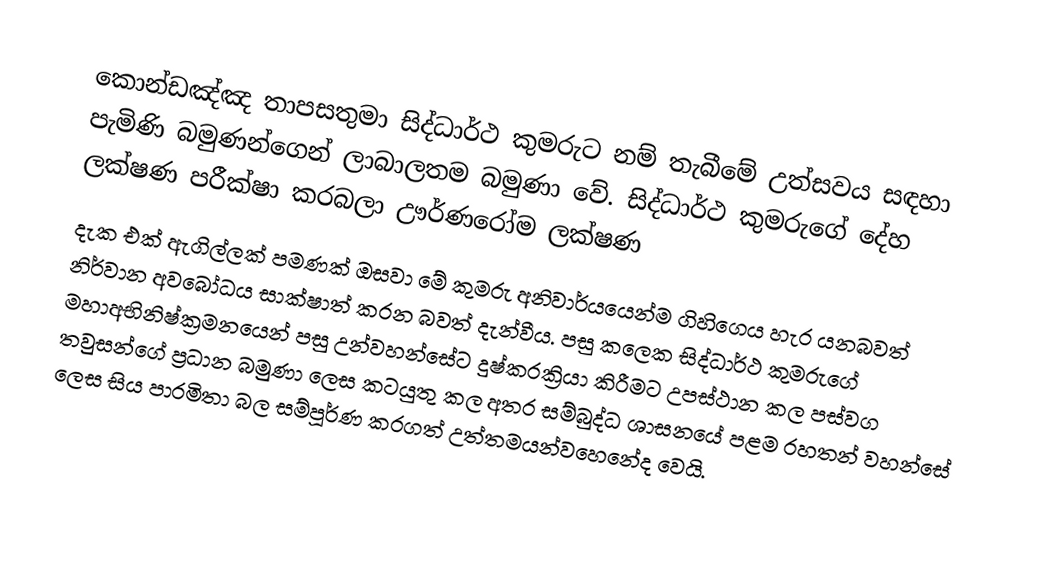
කොන්ඩඤ්ඤ තාපසතුමා සිද්ධාර්ථ කුමරුට නම් තැබීමේ උත්සවය සඳහා පැමිණි බමුණන්ගෙන් ලාබාලතම බමුණා වේ. සිද්ධාර්ථ කුමරුගේ දේහ ලක්ෂණ පරීක්ෂා කරබලා ඌර්ණරෝම ලක්ෂණ
දැක එක් ඇගිල්ලක් පමණක් ඔසවා මේ කුමරු අනිවාර්යයෙන්ම ගිහිගෙය හැර යනබවත් නිර්වාන අවබෝධය සාක්ෂාත් කරන බවත් දැන්වීය. පසු කලෙක සිද්ධාර්ථ කුමරුගේ මහාඅභිනිෂ්ක්‍රමනයෙන් පසු උන්වහන්සේට දුෂ්කරක්‍රියා කිරීමට උපස්ථාන කල පස්වග තවුසන්ගේ ප්‍රධාන බමුණා ලෙස කටයුතු කල අතර සම්බුද්ධ ශාසනයේ පළම රහතන් වහන්සේ ලෙස සිය පාරමිතා බල සම්පූර්ණ කරගත් උත්තමයන්වහෙනේද වෙයි.